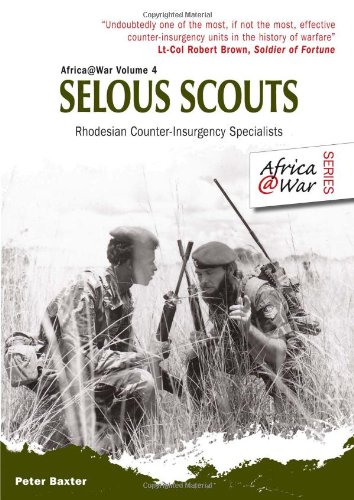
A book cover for SELOUS SCOUTS: Rhodesian Counter-Insurgency Specialists (Africa@War); Peter Baxter; History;